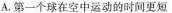
A.第一个球在空中运动的时间更短